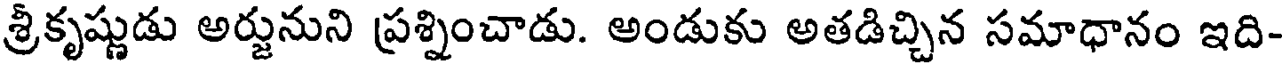
శ్రీకృష్ణుడు అర్జునుని ప్రశ్నించాడు. అండుకు అతడిచ్చిన సమాధానం ఇది-